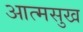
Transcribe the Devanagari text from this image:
आत्मसुख